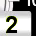
Digit: 2